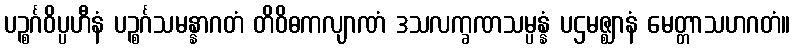
ပဉ္စင်္ဂဝိပ္ပဟီနံ ပဉ္စင်္ဂသမန္နာဂတံ တိဝိဓကလျာဏံ ဒသလက္ခဏသမ္ပန္နံ ပဌမဇ္ဈာနံ မေတ္တာသဟဂတံ။